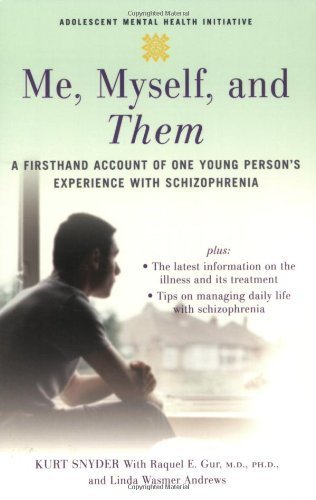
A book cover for Me, Myself, and Them: A Firsthand Account of One Young Person's Experience with Schizophrenia (Adolescent Mental Health Initiative) by Snyder, Kurt, Gur, Raquel E., Andrews, Linda Wasmer 1st (first) Edition [Paperback(2007)]; Kurt, Gur M.D., Raquel E., Andrews, Linda Wasmer Snyder; Health, Fitness & Dieting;